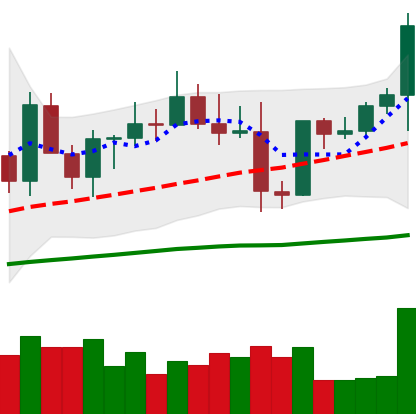
Ticker: EOS-USD
Chart end date: 2021-03-31
Forward return: 39.349%
Label: up_7plus